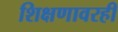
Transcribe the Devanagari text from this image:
शिक्षणावरही